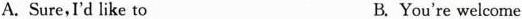
A. Sure,I'd like to B. You're welcome